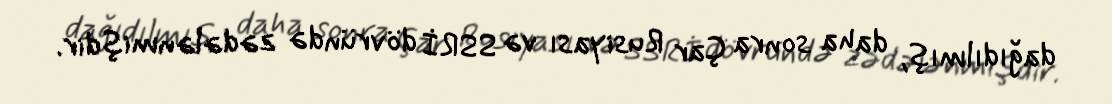
dağıdılmış, daha sonra Çar Rusiyası və SSRİ dövründə zədələnmişdir.